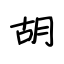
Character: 胡